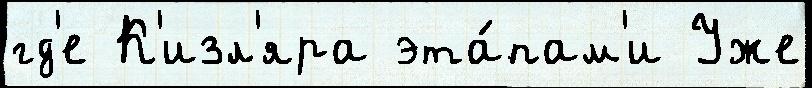
гд'е К'изл'яра эта́пам'и Уже